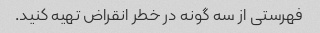
فهرستی از سه گونه در خطر انقراض تهیه کنید.